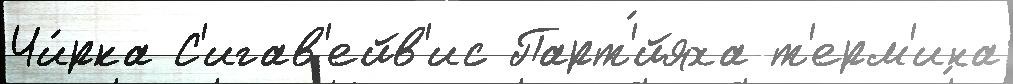
Чи́рка С'игав'ейв'ис Парт'́йяха т'ерм'ина